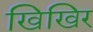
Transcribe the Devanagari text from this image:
खिखिर